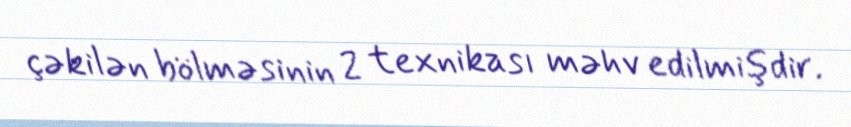
çəkilən bölməsinin 2 texnikası məhv edilmişdir.